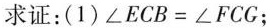
求证：(1)∠ECB=∠FCG；